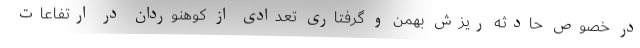
در خصوص حادثه ریزش بهمن و گرفتاری تعدادی از کوهنوردان در ارتفاعات